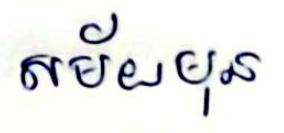
សម័យមុន